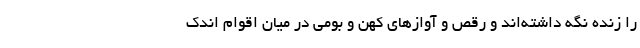
را زنده نگه داشته‌اند و رقص‌ و آوازهای کهن و بومی در میان اقوام اندک